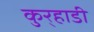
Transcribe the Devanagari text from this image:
कुर्‍हाडी